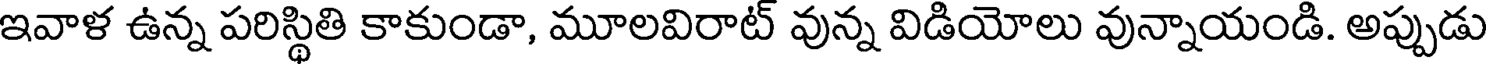
ఇవాళ ఉన్న పరిస్థితి కాకుండా, మూలవిరాట్ వున్న విడియోలు వున్నాయండి. అప్పుడు